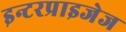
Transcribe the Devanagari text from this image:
इन्टरप्राइजेज